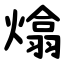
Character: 熻